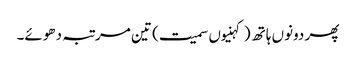
پھر دونوں ہاتھ (کہنیوں سمیت) تین مرتبہ دھوئے۔